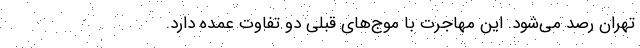
تهران رصد می‌‌شود. این مهاجرت با موج‌‌های قبلی دو تفاوت عمده دارد.